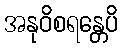
အနုဝိစရန္တေပိ